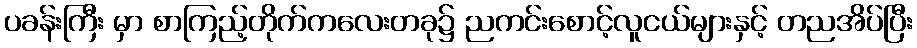
ပခန်းကြီး မှာ စာကြည့်တိုက်ကလေးတခု၌ ညကင်းစောင့်လူငယ်များနှင့် တညအိပ်ပြီး